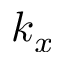
k _ { x }